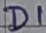
Text: D1